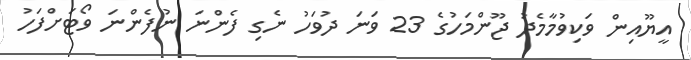
އީޔޫއިން ވަކިވުމާމެދު ޖޫންމަހުގެ 23 ވަނަ ދުވަހު ނެގި ފެންނަ ނުފެންނަ ވޯޓަށްފަހު